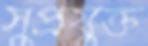
সুপ্রযুক্ত